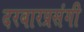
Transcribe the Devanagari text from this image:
दरबारप्रसंगी